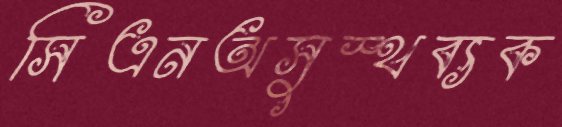
সিএনঅসুস্থব্যক